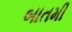
બાતમી